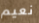
نعيم